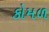
કોમળ